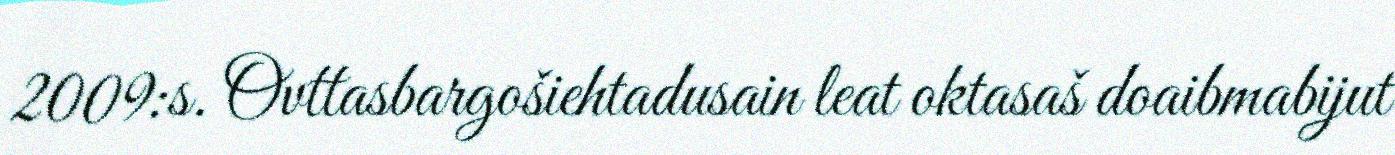
2009:s. Ovttasbargošiehtadusain leat oktasaš doaibmabijut